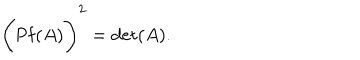
\Biggl ( \mathrm { P f } ( A ) \Biggr ) ^ { 2 } = \mathrm { d e t } ( A ) .